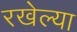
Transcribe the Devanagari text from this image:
रखेल्या